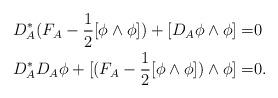
LaTeX: \begin{align*}\begin{aligned}D^*_A(F_A-\frac{1}{2}[\phi\wedge\phi])+[D_A\phi\wedge\phi]=&0\\D^*_AD_A\phi+[(F_A-\frac{1}{2}[\phi\wedge\phi])\wedge\phi]=&0.\end{aligned}\end{align*}